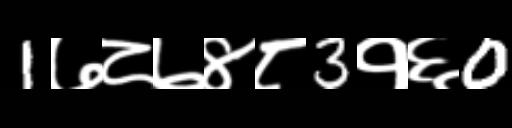
Text: 1७८७४८3१६0